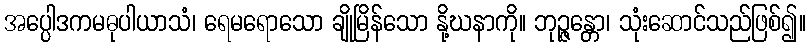
အပ္ပေါဒကမဓုပါယာသံ၊ ရေမရောသော ချိုမြိန်သော နို့ဃနာကို။ ဘုဉ္ဇန္တော၊ သုံးဆောင်သည်ဖြစ်၍။